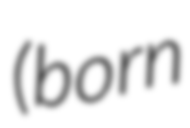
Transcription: (born